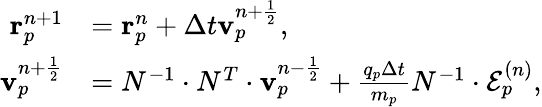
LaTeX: \begin{array}{rl}{\mathbf{r}_{p}^{n+1}}&{=\mathbf{r}_{p}^{n}+\Delta t\mathbf{v}_{p}^{n+\frac{1}{2}},}\\ {\mathbf{v}_{p}^{n+\frac{1}{2}}}&{=N^{-1}\cdot N^{T}\cdot\mathbf{v}_{p}^{n-\frac{1}{2}}+\frac{q_{p}\Delta t}{m_{p}}N^{-1}\cdot\mathcal{E}_{p}^{(n)},}\end{array}